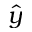
\hat { y }